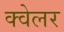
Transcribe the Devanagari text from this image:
क्वेलर